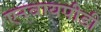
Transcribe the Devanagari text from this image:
एनवायपीडी